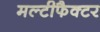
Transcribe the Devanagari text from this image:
मल्टीफैक्टर